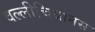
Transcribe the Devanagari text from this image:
वल्लीचियानस